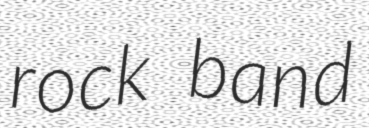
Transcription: rock band